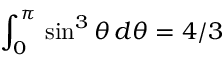
\int _ { 0 } ^ { \pi } \, \sin ^ { 3 } \theta \, d \theta = { 4 } / { 3 }